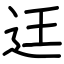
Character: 迋